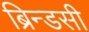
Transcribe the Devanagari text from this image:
ब्रिन्डसी